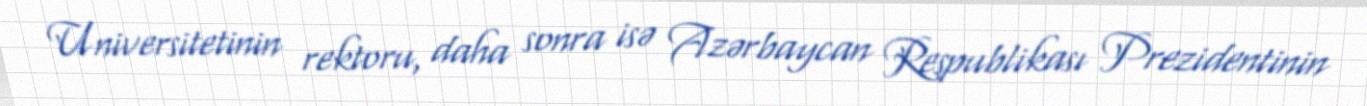
Universitetinin rektoru, daha sonra isə Azərbaycan Respublikası Prezidentinin